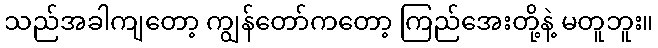
သည်အခါကျတော့ ကျွန်တော်ကတော့ ကြည်အေးတို့နဲ့ မတူဘူး။